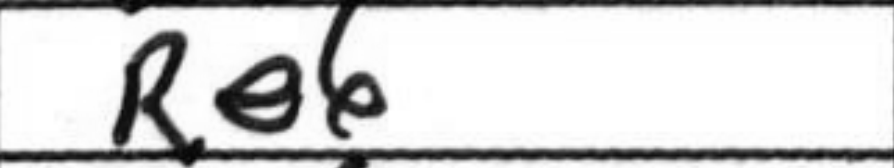
Transcription: Re6